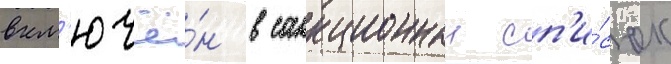
вкл'ючё́н в санкционныи сп'и́сок